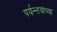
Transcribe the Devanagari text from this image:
पर्यन्तयांच्या